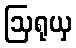
ဩရုယှ